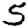
Digit: 5